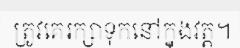
ត្រូវគេរក្សាទុកនៅក្នុងវត្ត។